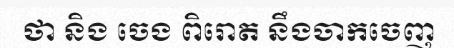
ថា និង ចេង ពិរោត នឹងចាកចេញ